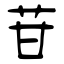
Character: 苷